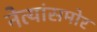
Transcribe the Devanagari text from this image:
नेत्यांसमोर